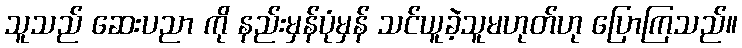
သူသည် ဆေးပညာ ကို နည်းမှန်ပုံမှန် သင်ယူခဲ့သူမဟုတ်ဟု ပြောကြသည်။